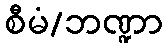
စီမံ/ဘဏ္ဍာ